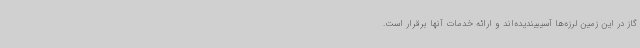
گاز در این زمین لرزه‌ها آسیبیندیده‌اند و ارائه خدمات آنها برقرار است.